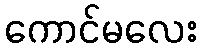
ကောင်မလေး